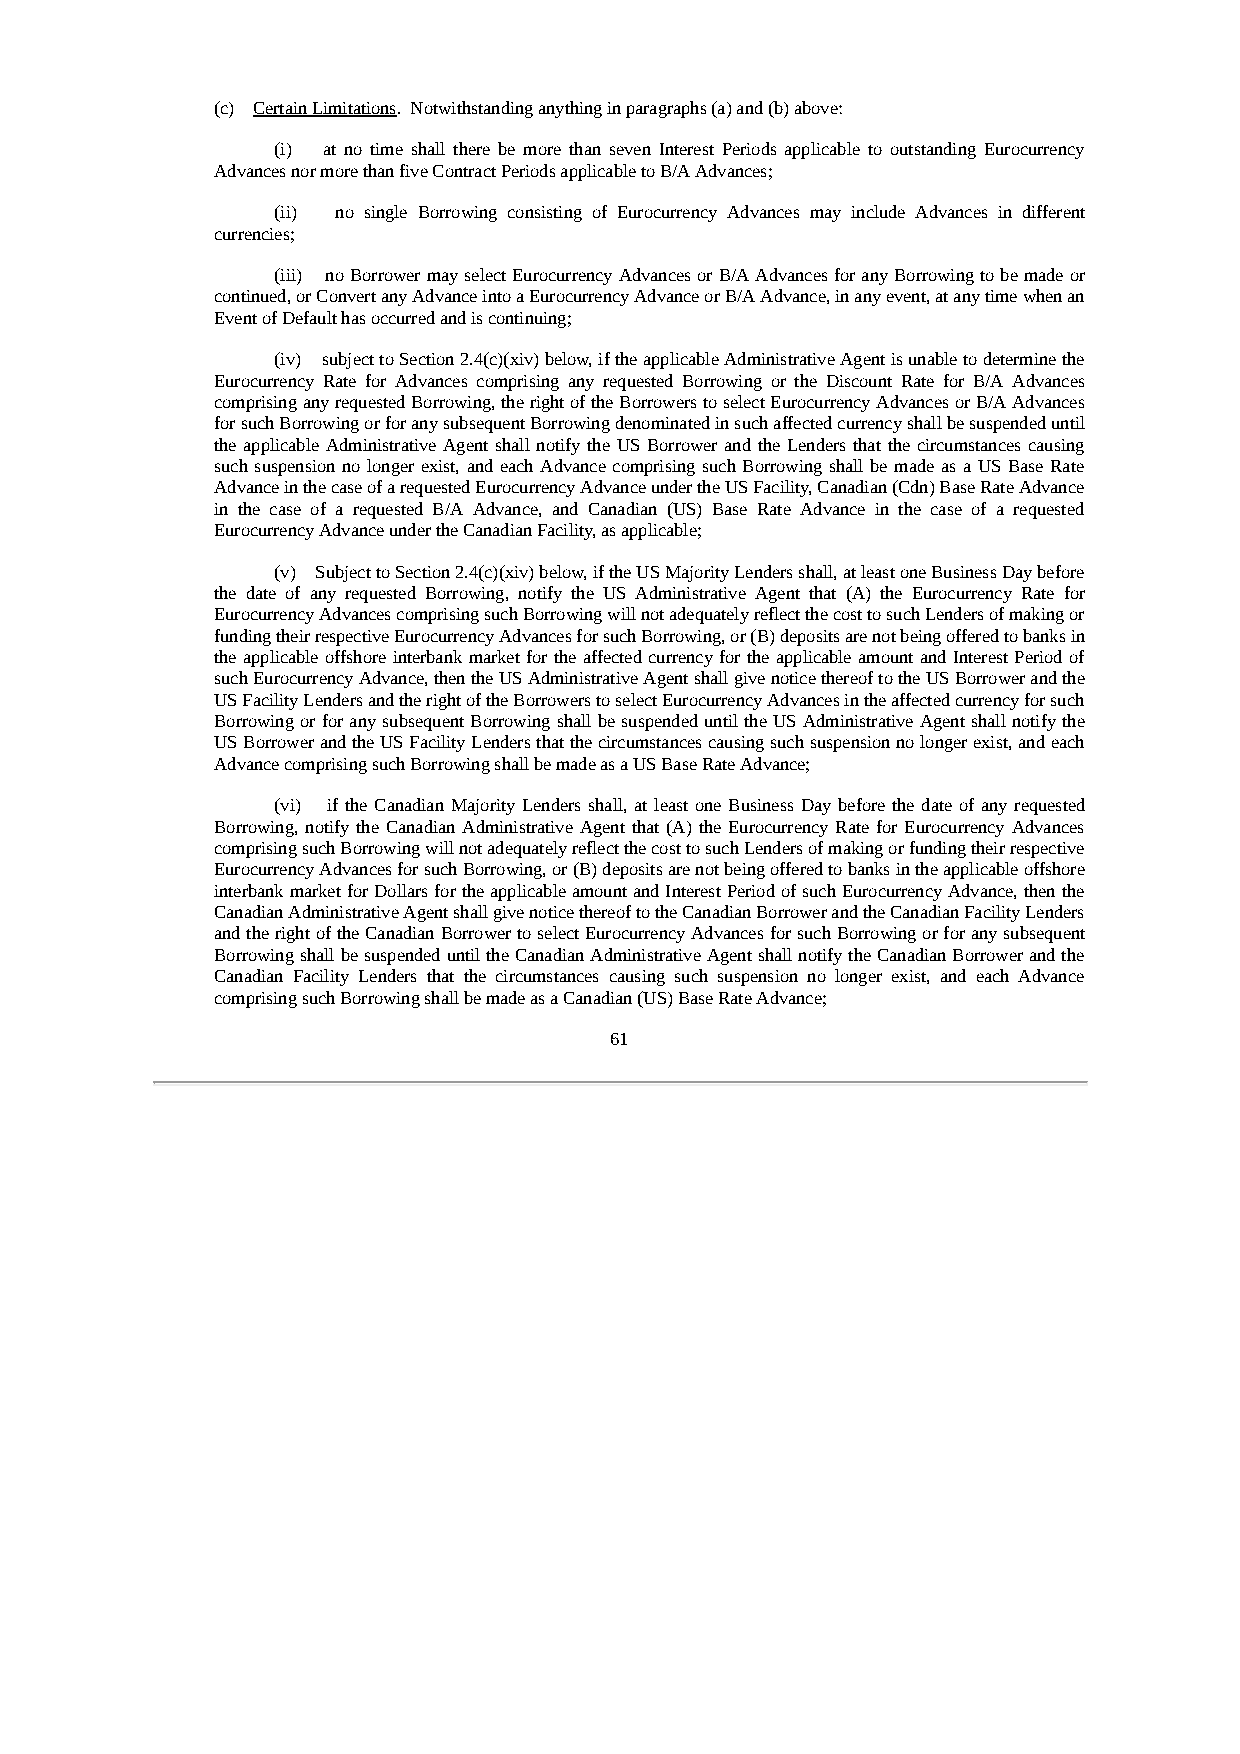
(c) Certain Limitations. Notwithstanding anything in paragraphs (a) and (b) above:
 (i) at no time shall there be more than seven Interest Periods applicable to outstanding Eurocurrency
 Advances nor more than five Contract Periods applicable to B/A Advances;
 (ii) no single Borrowing consisting of Eurocurrency Advances may include Advances in different
 currencies;
 (iii) no Borrower may select Eurocurrency Advances or B/A Advances for any Borrowing to be made or
 continued, or Convert any Advance into a Eurocurrency Advance or B/A Advance, in any event, at any time when an
 Event of Default has occurred and is continuing;
 (iv) subject to Section 2.4(c)(xiv) below, if the applicable Administrative Agent is unable to determine the
 Eurocurrency Rate for Advances comprising any requested Borrowing or the Discount Rate for B/A Advances
 comprising any requested Borrowing, the right of the Borrowers to select Eurocurrency Advances or B/A Advances
 for such Borrowing or for any subsequent Borrowing denominated in such affected currency shall be suspended until
 the applicable Administrative Agent shall notify the US Borrower and the Lenders that the circumstances causing
 such suspension no longer exist, and each Advance comprising such Borrowing shall be made as a US Base Rate
 Advance in the case of a requested Eurocurrency Advance under the US Facility, Canadian (Cdn) Base Rate Advance
 in the case of a requested B/A Advance, and Canadian (US) Base Rate Advance in the case of a requested
 Eurocurrency Advance under the Canadian Facility, as applicable;
 (v) Subject to Section 2.4(c)(xiv) below, if the US Majority Lenders shall, at least one Business Day before
 the date of any requested Borrowing, notify the US Administrative Agent that (A) the Eurocurrency Rate for
 Eurocurrency Advances comprising such Borrowing will not adequately reflect the cost to such Lenders of making or
 funding their respective Eurocurrency Advances for such Borrowing, or (B) deposits are not being offered to banks in
 the applicable offshore interbank market for the affected currency for the applicable amount and Interest Period of
 such Eurocurrency Advance, then the US Administrative Agent shall give notice thereof to the US Borrower and the
 US Facility Lenders and the right of the Borrowers to select Eurocurrency Advances in the affected currency for such
 Borrowing or for any subsequent Borrowing shall be suspended until the US Administrative Agent shall notify the
 US Borrower and the US Facility Lenders that the circumstances causing such suspension no longer exist, and each
 Advance comprising such Borrowing shall be made as a US Base Rate Advance;
 (vi) if the Canadian Majority Lenders shall, at least one Business Day before the date of any requested
 Borrowing, notify the Canadian Administrative Agent that (A) the Eurocurrency Rate for Eurocurrency Advances
 comprising such Borrowing will not adequately reflect the cost to such Lenders of making or funding their respective
 Eurocurrency Advances for such Borrowing, or (B) deposits are not being offered to banks in the applicable offshore
 interbank market for Dollars for the applicable amount and Interest Period of such Eurocurrency Advance, then the
 Canadian Administrative Agent shall give notice thereof to the Canadian Borrower and the Canadian Facility Lenders
 and the right of the Canadian Borrower to select Eurocurrency Advances for such Borrowing or for any subsequent
 Borrowing shall be suspended until the Canadian Administrative Agent shall notify the Canadian Borrower and the
 Canadian Facility Lenders that the circumstances causing such suspension no longer exist, and each Advance
 comprising such Borrowing shall be made as a Canadian (US) Base Rate Advance;
 61